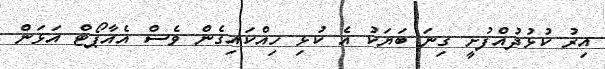
އިރު ކުޅުދުއްފުށީ ގިނަ ބަޔަކު އެ ކުޅި ހިއްކައިގެން ވެސް އެއާޕޯޓް އަޅަން